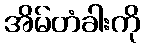
အိမ်တံခါးကို